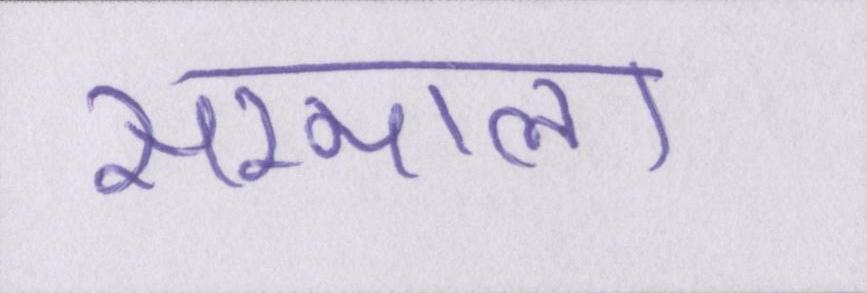
सम्भाला